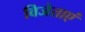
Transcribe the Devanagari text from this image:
विजेताएं